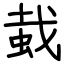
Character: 蛓